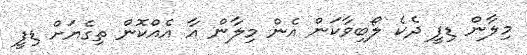
މިލާން ޑިފީ ދެކެ ލޯބިވާކަން އެން މިލާން އާ އެއްކޮން ތިގެޔަށް ޑިފީ